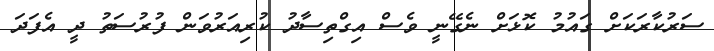
ސަރުކާރަކަށް ގައުމު ކޮޅަށް ނެގޭނީ ވެސް އިގްތިސާދު ކުރިއަރުވަން ފުރުސަތު ދީ އެފަދަ